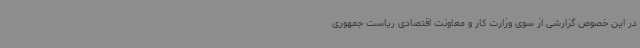
در این خصوص گزارشی از سوی وزارت کار و معاونت اقتصادی ریاست جمهوری